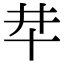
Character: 𠦈